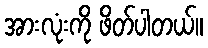
အားလုံးကို ဖိတ်ပါတယ်။